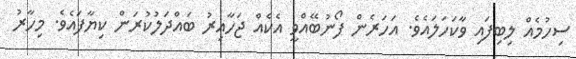
ސިހުމެއް ލިބިފައި ވާކަހަލައެވެ. އަހަރެން ފޯނުބޭއްވީ އެކެއް ޖަހާއިރު ބައްދަލުކުރަން ކިޔާފައެވެ. މިހާރު